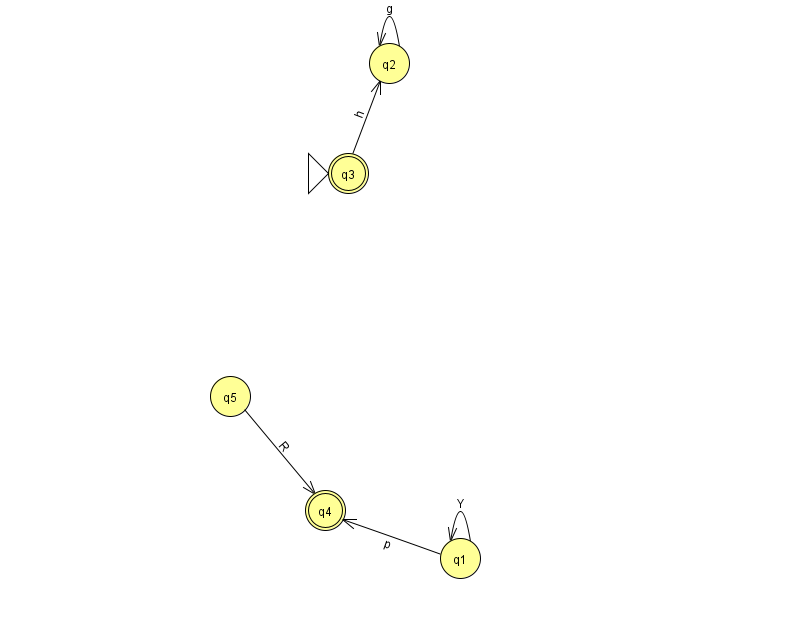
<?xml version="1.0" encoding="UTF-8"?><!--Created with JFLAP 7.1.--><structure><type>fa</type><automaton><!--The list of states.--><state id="1" name="q1"><x>460.0</x><y>545.0</y></state><state id="2" name="q2"><x>389.0</x><y>50.0</y></state><state id="3" name="q3"><x>348.0</x><y>160.0</y><initial/><final/></state><state id="4" name="q4"><x>325.0</x><y>497.0</y><final/></state><state id="5" name="q5"><x>230.0</x><y>383.0</y></state><!--The list of transitions.--><transition><from>2</from><to>2</to><read>g</read></transition><transition><from>3</from><to>2</to><read>h</read></transition><transition><from>1</from><to>1</to><read>Y</read></transition><transition><from>1</from><to>4</to><read>p</read></transition><transition><from>5</from><to>4</to><read>R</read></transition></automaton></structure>